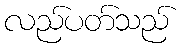
လည်ပတ်သည်